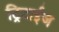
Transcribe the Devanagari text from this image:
ट्रिटाईज